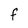
Character: f